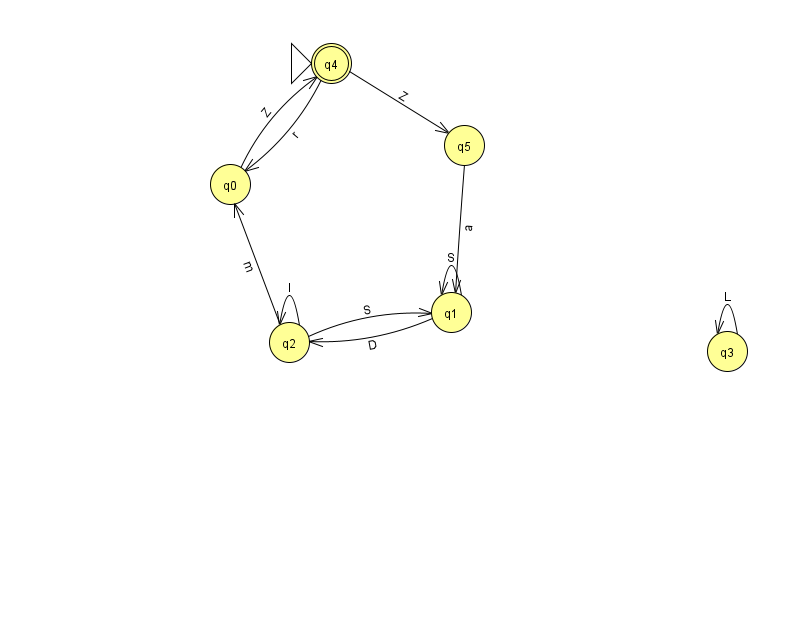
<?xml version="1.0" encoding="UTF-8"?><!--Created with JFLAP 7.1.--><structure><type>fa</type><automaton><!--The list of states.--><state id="0" name="q0"><x>230.0</x><y>171.0</y></state><state id="1" name="q1"><x>451.0</x><y>299.0</y></state><state id="2" name="q2"><x>289.0</x><y>329.0</y></state><state id="3" name="q3"><x>727.0</x><y>338.0</y></state><state id="4" name="q4"><x>331.0</x><y>50.0</y><initial/><final/></state><state id="5" name="q5"><x>464.0</x><y>132.0</y></state><!--The list of transitions.--><transition><from>1</from><to>2</to><read>D</read></transition><transition><from>1</from><to>1</to><read>S</read></transition><transition><from>0</from><to>4</to><read>Z</read></transition><transition><from>2</from><to>1</to><read>S</read></transition><transition><from>5</from><to>1</to><read>a</read></transition><transition><from>2</from><to>2</to><read>I</read></transition><transition><from>4</from><to>5</to><read>Z</read></transition><transition><from>3</from><to>3</to><read>L</read></transition><transition><from>4</from><to>0</to><read>r</read></transition><transition><from>2</from><to>0</to><read>m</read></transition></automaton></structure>